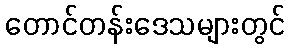
တောင်တန်းဒေသများတွင်